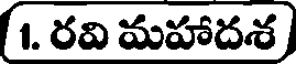
1. రవి మహాదశ